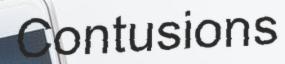
Contusions